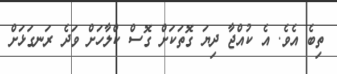
ތިބެ އެވެ. އެ ކުއްޖާ ދިޔަ ގޮތަކަށް ގޮސް ކްލާހަށް ވަދެ ރަނގަޅަށް